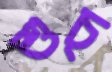
শুচ্